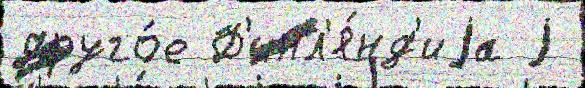
друго́е Ф'инл'я́нд'иjа j